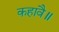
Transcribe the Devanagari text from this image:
कहावै॥